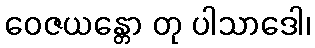
ဝေဇယန္တော တု ပါသာဒေါ၊